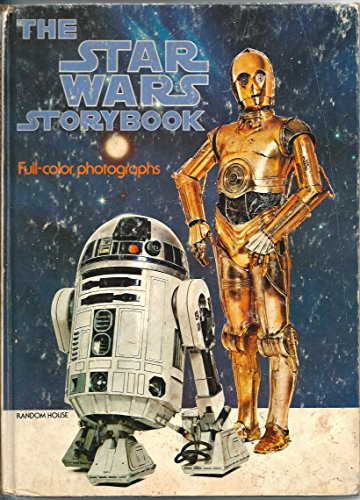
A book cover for The Star Wars Storybook; Humor & Entertainment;